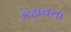
કઢાવતા